Medical and sanitary report of the native army of Bengal for the year
Year: 1875
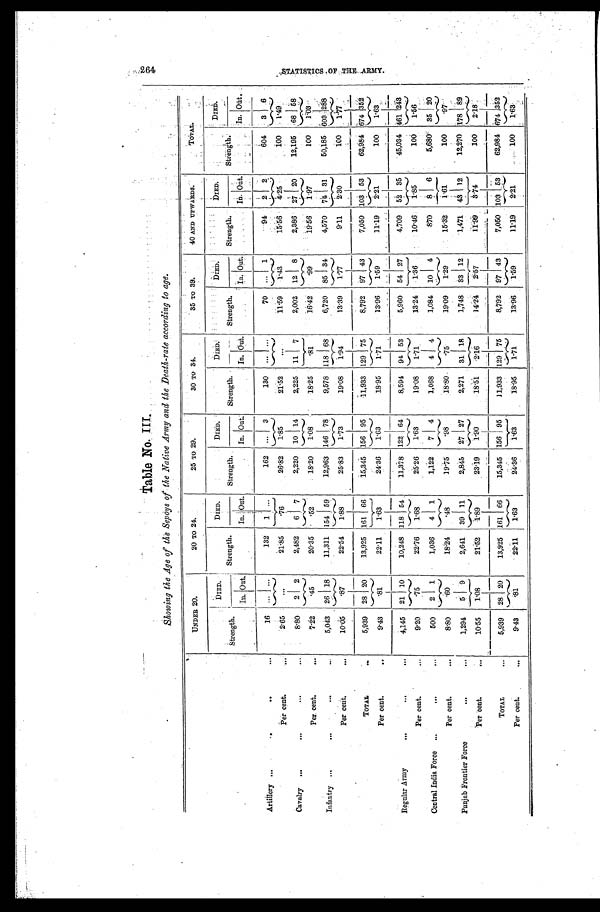
Table No. III
Showing the Age of the Sepoys of the Native Army and the Death-rate according to age.
UNDER 20.
20 TO 24.
25 TO 29.
30 TO 34.
35 TO 39.
40 AND UPWARDS.
TOTAL.
Strength.
DIED.
Strength.
DIED.
Strength.
DIED.
Strength.
DIED.
Strength.
DIED.
Strength.
DIED.
Strength.
DIED.
In. Out.
In. Out.
In. Out.
In. Out.
In. Out.
In. Out.
In. Out.
Artillery . . .
..
..
. . . 16 ... ...
132 1 ...
162 ... 3
130 ... ...
70 ... 1
94 2 2
604 3 6
Per cent.
. . .
2.65
. . .
21.85 .76
26.82 1.85
21.52
...
11.59 1.43
15.56 4.25
100 1.49
Cavalry . . .
...
...
. . . 8.80
2 2
2,482 6 7
2,220 10 14
2,225 11 7
2,002 12 8
2,386 27 20
12,195 68 58
Per cent.
. . . 7.22
.45
20.35
.52
18.20 1.08
18.25 .81
16.42
. 9 9
19.56 1.97
100
1.03
Infantry ...
...
. . .
. . . 5,043 26 18
11,311 154 59
12,963 146 78
9,578 118 68
6,720 85 34
4,570 74 31
50,185 603 288
Per cent.
. . . 10.05
.87
22.54
1.88
25.83
1.73
19.08 1.94
13.39 1.77
9.11
2.30
100 1.77
TOTAL
. . .
5,939 28 20
13,925 161 66
15,345 156 95
11,933 129 75
8,792 97 43
7,050 103 53
62,984 674 352
Per cent.
. . 9.43
.81
22.11 1.63
24.36 1.63
18.95
1.71
13.96 1.59
11.19 2.21
100
1.63
Regular Army
...
. . .
...
4,145 21 10
10,248 118 54
11,378 122 64
8,594 94 53
5,960 54 27
4,709 52 35
45,034 461 24 3
Per cent.
. . . 9.20 .75
22.76 1.68
25.26 1.63
19.08 1.71
13.24 1.36
10.46
1.85
100 1.56
Central India Force ...
...
. . . 500 2 1
1,036 4 1
1,122 7 4
1,068 4 4
1,084 10 4
870 8 6
5,680 35 20
Per cent.
. . . 8.80 .60
18.24 .48
19.75
.98
18.80 .75
19.09
1.29
15.32
1.61
100 .97
Punjab Frontier Force
. . .
...
1,294 5 9
2,641 39 11
2,845 27 27
2,271 31 18
1,748 33 12
1,471 43 12
12,270 178 89
Per cent.
. . . 10.55 1.08
21.52 1.89
23.19 1.90
18.51
2.16
14.24 2.57
11.99 3.74
100 2.18
TOTAL
. . . 5,939 28 20
13,925 161 66
15,345 156 95
11,933 129 75
8,792 97 43
7,050 103 53
62,984 674 352
Per cent.
. . . 9.43
.81
22.11 1.63
24.36 1.63
18.95
1.71
13.96 1.59
11.19
2.21
100 1.63
2 6 4 S T A T I S T I C S O F T H E A R M Y .